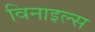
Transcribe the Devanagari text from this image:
विनाइल्स